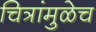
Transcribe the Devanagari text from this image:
चित्रांमुळेच